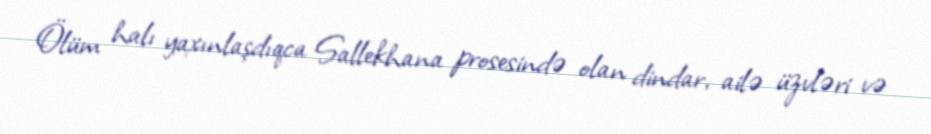
Ölüm halı yaxınlaşdıqca Sallekhana prosesində olan dindar, ailə üzvləri və